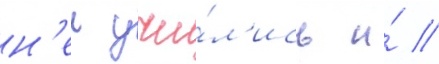
н'еи учи́л'ись и́ //